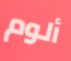
ألوم